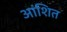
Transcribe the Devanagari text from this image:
आंशित